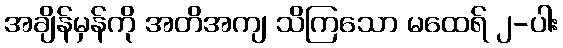
အချိန်မှန်ကို အတိအကျ သိကြသော မထေရ် ၂-ပါး